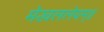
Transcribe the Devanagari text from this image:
मेखललेयम्॥